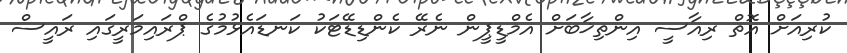
ކުރިއަށް އޮތް ރިއާސީ އިންތިޚާބަށް އެމްޑީޕީން ނެރޭ ކެންޑިޑޭޓަކު ކަނޑައެޅުމުގެ ޕްރައިމަރީގައި ރައީސް